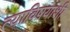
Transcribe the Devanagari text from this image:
त्याविषयाशी